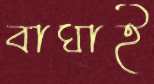
বাঘাই